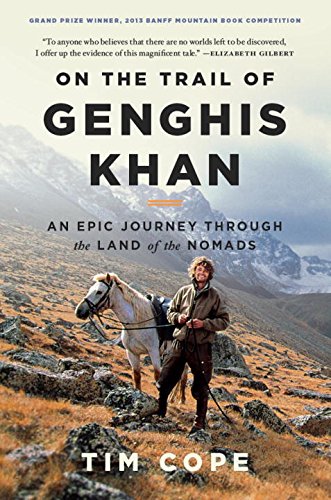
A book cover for On the Trail of Genghis Khan: An Epic Journey Through the Land of the Nomads; Tim Cope; Travel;